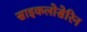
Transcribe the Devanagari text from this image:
साइकलोसेरिन